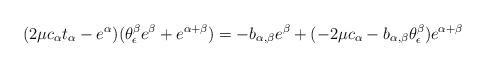
LaTeX: \begin{align*}(2\mu c_\alpha t_\alpha - e^\alpha)(\theta^\beta_\epsilon e^\beta + e^{\alpha+\beta}) = - b_{\alpha, \beta} e^\beta + (-2\mu c_\alpha - b_{\alpha, \beta} \theta^\beta_\epsilon)e^{\alpha+\beta}\end{align*}